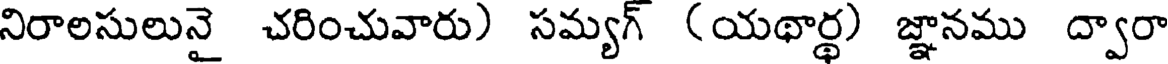
నిరాలసులునై చరించువారు) సమ్యగ్ (యథార్థ) జ్ఞానము ద్వారా